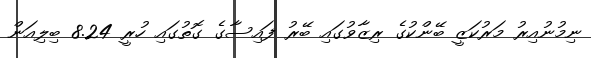
ނިމުނުއިރު މަރުކަޒީ ބޭންކުގެ ރިޒާވުގައި ބޭރު ފައިސާގެ ގޮތުގައި ހުރީ 8.24 ބިލިއަން